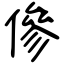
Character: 傪